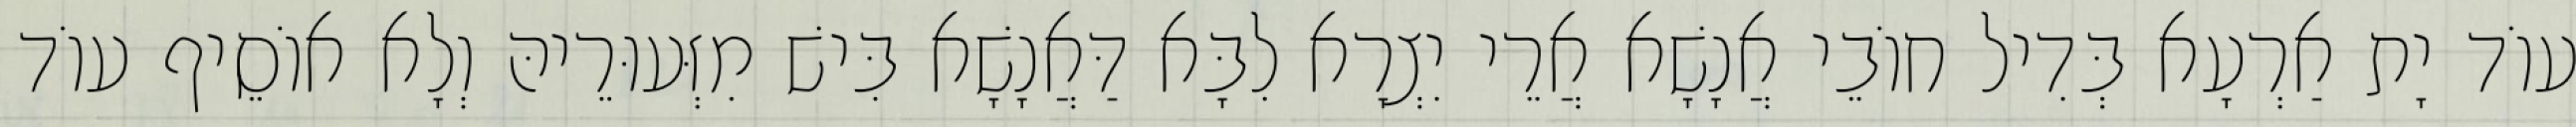
עוֹד יָת אַרְעָא בְּדִיל חוֹבֵי אֲנָשָׁא אֲרֵי יִצְרָא לִבָּא דַּאֲנָשָׁא בִּישׁ מִזְּעוּרֵיהּ וְלָא אוֹסֵיף עוֹד